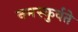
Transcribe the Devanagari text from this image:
नमस्कुर्वते